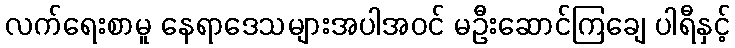
လက်ရေးစာမူ နေရာဒေသများအပါအဝင် မဦးဆောင်ကြချေ ပါရီနှင့်